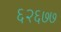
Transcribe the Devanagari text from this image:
६२६७७